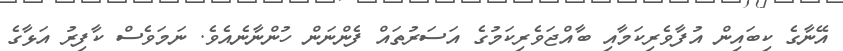
އޭނާގެ ކިބައިން އުފާވެރިކަމާއި ބާއްޖަވެރިކަމުގެ އަސަރުތައް ފެންނަން ހުންނާނެއެވެ. ނަމަވެސް ކާފިރު އަޅާގެ